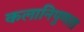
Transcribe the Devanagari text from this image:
कलानिपुणता